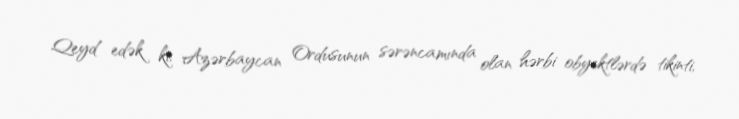
Qeyd edək ki, Azərbaycan Ordusunun sərəncamında olan hərbi obyektlərdə tikinti,